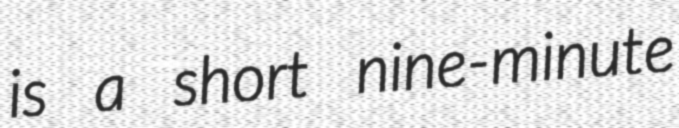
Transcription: is a short nine-minute